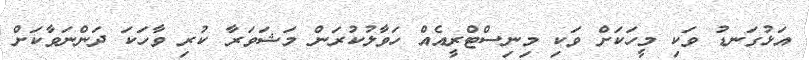
އަޅުގަނޑު ވަކި މީހަކަށް ވަކި މިނިސްޓްރީއެއް ހަވާލުކުރަން މަޝަވަރާ ކުރި ވާހަކަ ދަންނަވާކަށް